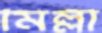
মিল্লী